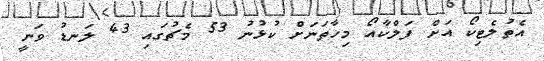
އެތުލެޓިކޯ އަށް ފަލްކާއޯ މިހާތަނަށް ކުޅުނު 53 މެޗުގައި 43 ލަނޑު ވަނީ